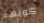
كونهم